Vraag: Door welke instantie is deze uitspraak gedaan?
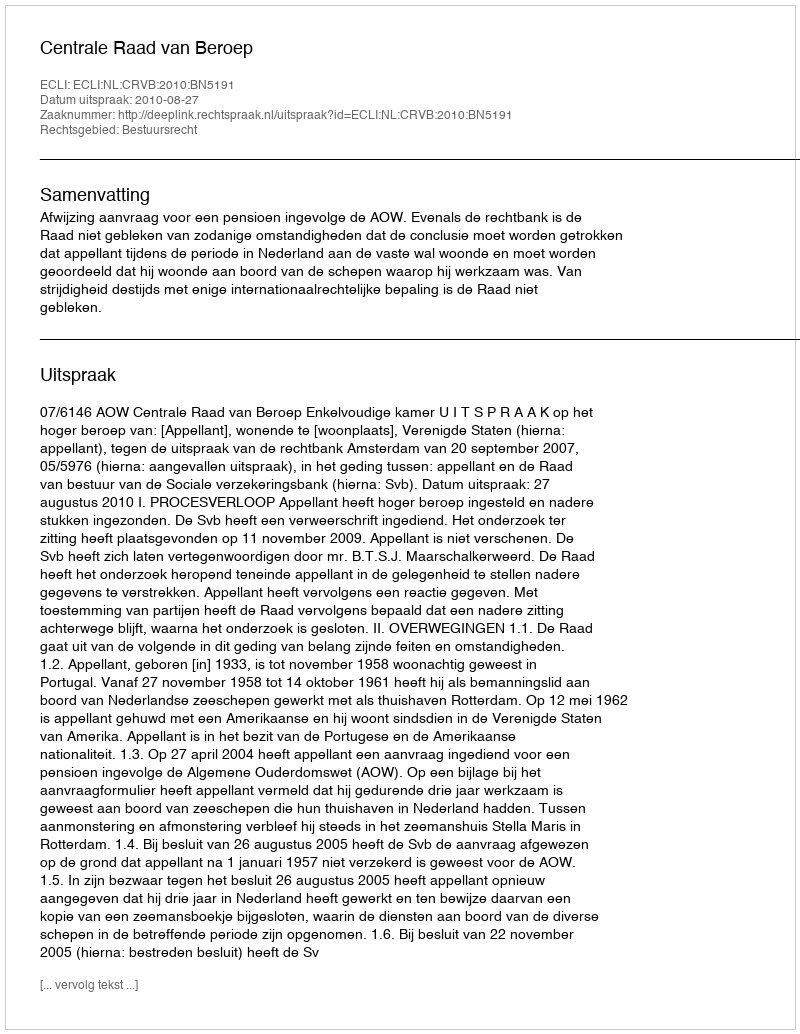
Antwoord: Centrale Raad van Beroep